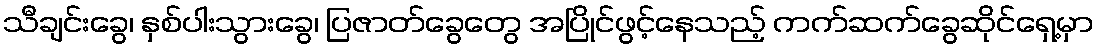
သီချင်းခွေ၊ နှစ်ပါးသွားခွေ၊ ပြဇာတ်ခွေတွေ အပြိုင်ဖွင့်နေသည့် ကက်ဆက်ခွေဆိုင်ရှေ့မှာ